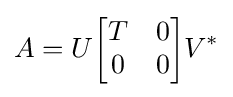
A=U{\begin{bmatrix}T&0\\0&0\end{bmatrix}}V^{*}